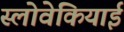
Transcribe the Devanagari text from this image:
स्लोवेकियाई